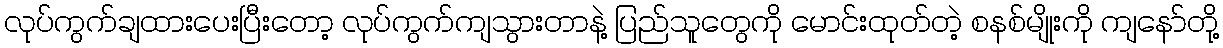
လုပ်ကွက်ချထားပေးပြီးတော့ လုပ်ကွက်ကျသွားတာနဲ့ ပြည်သူတွေကို မောင်းထုတ်တဲ့ စနစ်မျိုးကို ကျနော်တို့